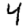
Digit: 4